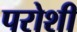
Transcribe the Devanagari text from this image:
परोशी